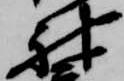
神